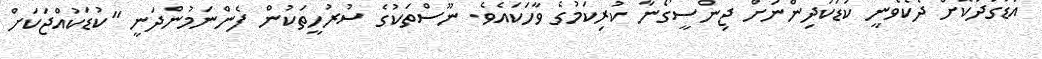
އަޑުގަދަކޮށް ދެކެވެނީ ކުޑަކުދިންނަށް ޖިންސީގޯނާ ކުރިކަމުގެ ވާހަކައެވެ. ނޫސްތަކުގެ ސުރުހީތަކުން ފެންނަމުންދަނީ "ކުޑަކުއްޖަކަށް